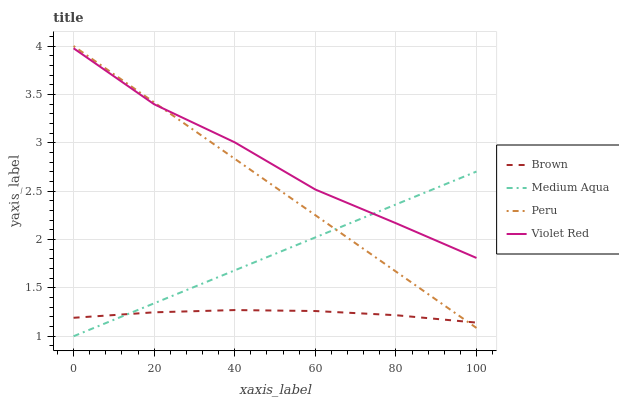
| xaxis_label | Brown | Medium Aqua | Peru | Violet Red |
 | --- | --- | --- | --- | --- |
 | 0 | 1.19 | 1 | 4 | 3.98 |
 | 20 | 1.25 | 1.34 | 3.42 | 3.4 |
 | 40 | 1.27 | 1.68 | 2.83 | 3 |
 | 60 | 1.26 | 2.02 | 2.25 | 2.52 |
 | 80 | 1.22 | 2.36 | 1.67 | 2.17 |
 | 100 | 1.14 | 2.7 | 1.09 | 1.81 |